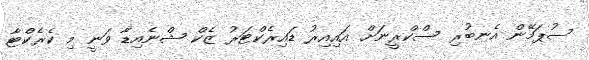
ސުޕަމޭން އެނބުރި ސްކްރީނަށް އައިއިރު ޑައިރެކްޓަރު ޒެކް ޝްނެއިޑާ ވަނީ މި ކެރެކްޓާ